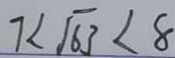
7 < \sqrt { 6 3 } < 8